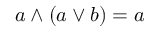
a \wedge ( a \vee b ) = a